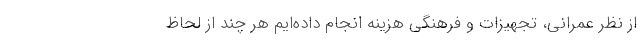
از نظر عمرانی، تجهیزات و فرهنگی هزینه انجام داده‌ایم هر چند از لحاظ